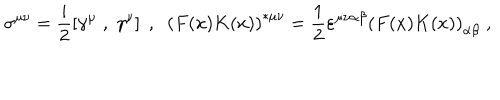
\sigma ^ { \mu \nu } = \frac { i } { 2 } \left[ \gamma ^ { \mu } \; , \; \gamma ^ { \nu } \right] \; , \; \; \left( F ( x ) K ( x ) \right) ^ { \ast \mu \nu } = \frac { 1 } { 2 } \varepsilon ^ { \mu \nu \alpha \beta } \left( F ( x ) K ( x ) \right) _ { \alpha \beta } \; ,